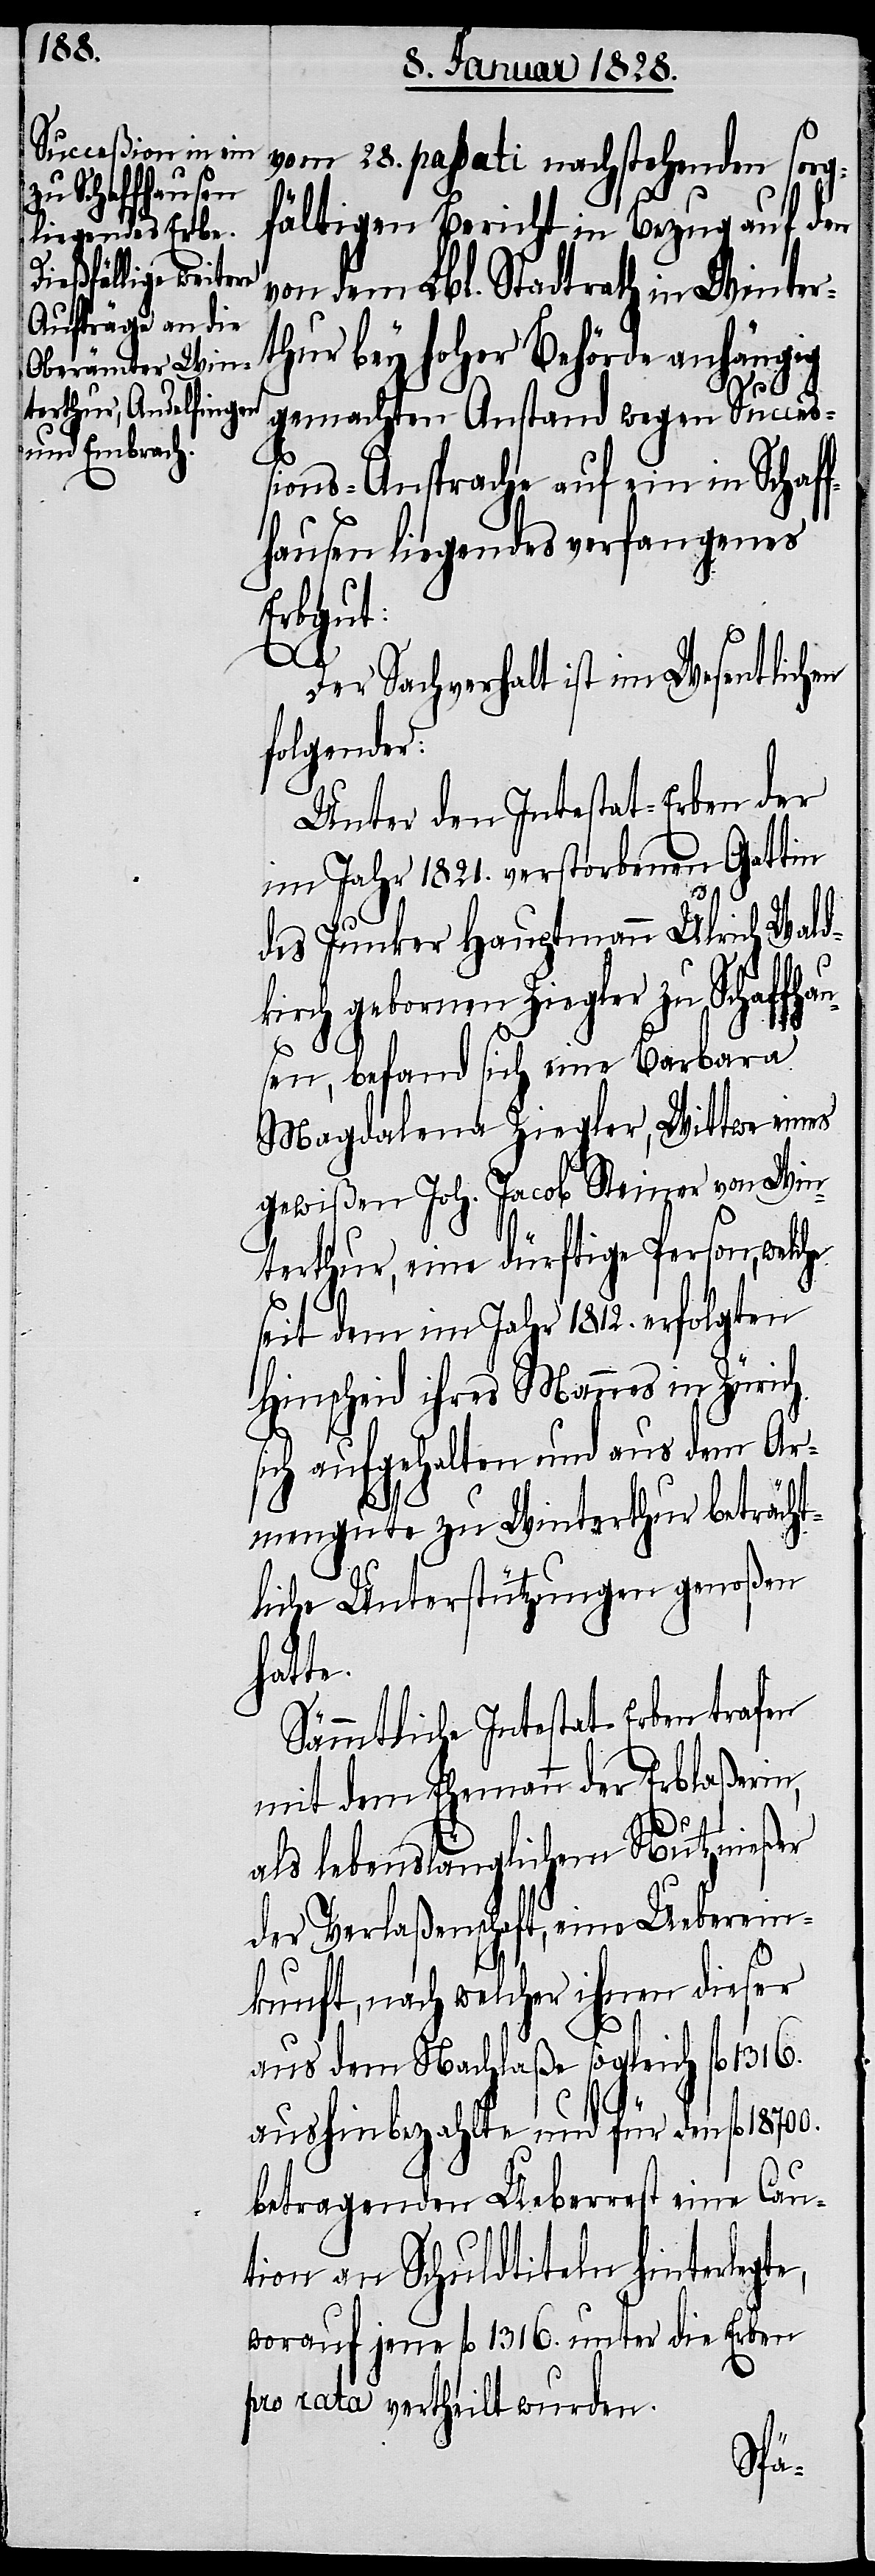
vom 28. passati nachstehenden sorg¬
fältigen Bericht in Bezug auf den
von dem Lbl. Stadtrath in Winter¬
thur bey hoher Behörde anhängig
gemachten Anstand wegen Succeß¬
ions-Ansprache auf ein in Schaf¬
fhausen liegendes verfangenes
Erbgut:
Der Sachverhalt ist im Wesentlichen
folgender:
Unter den Intestat-Erben der
im Jahr 1821. verstorbenen Gattin
des Junker Hauptmann Ulrich Wald¬
kirch gebornen Ziegler zu Schaffhau¬
sen, befand sich eine Barbara
Magdalena Ziegler, Wittwe eines
gewißen Joh. Jacob Steiner von Win¬
terthur, eine dürftige Person, welche
seit dem im Jahr 1812. erfolgten
Hinscheid ihres Mannes in Zürich
sich aufgehalten und aus dem Ar¬
mengute zu Winterthur beträcht¬
liche Unterstützungen genoßen
hatte.
Sämmtliche Intestat-Erben trafen
mit dem Ehemann der Erblaßerin,
als lebenslänglichem Nutznießer
der Verlaßenschaft, eine Ueberein¬
kunft, nach welcher ihnen dieser
aus dem Nachlaße sogleich fl 1316.
aushinbezahlte und für den fl 18700.
betragenden Ueberrest eine Cau¬
tion an Schuldtiteln hinterlegte,
worauf jene fl 1316. unter die Erben
pro Rata vertheilt wurden.